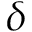
\delta